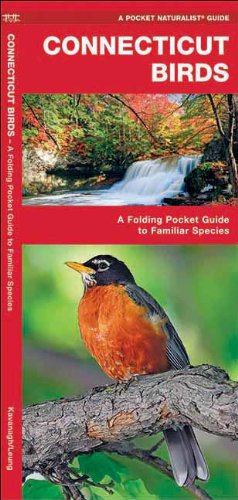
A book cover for Connecticut Birds: A Folding Pocket Guide to Familiar Species (Pocket Naturalist Guide Series); James Kavanagh; Travel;